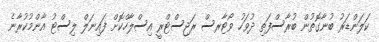
ކަލަންޑަރު ބުނާގޮތުން ބުރާސްފަތި ދުވަހު ވޯޓާރސް ރަޖިސްޓްރީ އިސްލާހްކޮށް ފައިނަލް ލިސްޓު އާންމުކުރާނެ